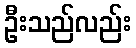
ဦးသည်လည်း